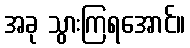
အခု သွားကြရအောင်။